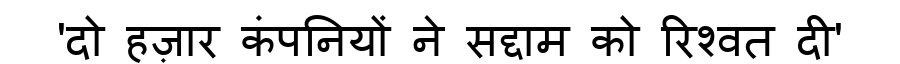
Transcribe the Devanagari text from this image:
'दो हज़ार कंपनियों ने सद्दाम को रिश्वत दी'